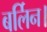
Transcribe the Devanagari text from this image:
बर्लिन।